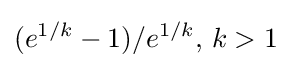
(e^{1/k}-1)/e^{1/k},\,k>1